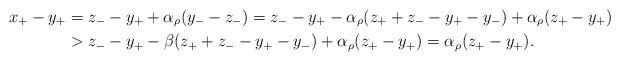
LaTeX: \begin{align*}x_+-y_+ &= z_--y_++\alpha_\rho(y_--z_-)= z_--y_+-\alpha_\rho(z_++z_--y_+-y_-)+\alpha_\rho(z_+-y_+) \\&> z_--y_+ -\beta(z_++z_--y_+-y_-)+\alpha_\rho(z_+-y_+)=\alpha_\rho(z_+-y_+).\end{align*}